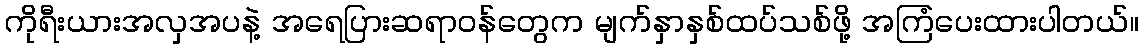
ကိုရီးယားအလှအပနဲ့ အရေပြားဆရာဝန်တွေက မျက်နှာနှစ်ထပ်သစ်ဖို့ အကြံပေးထားပါတယ်။